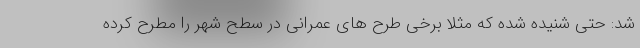
شد: حتی شنیده شده که مثلا برخی طرح های عمرانی در سطح شهر را مطرح کرده